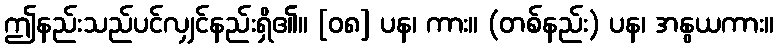
ဤနည်းသည်ပင်လျှင်နည်းရှိ၏။ [၀၈] ပန၊ ကား။ (တစ်နည်း) ပန၊ အနွယကား။